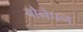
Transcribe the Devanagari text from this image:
बौनेपन